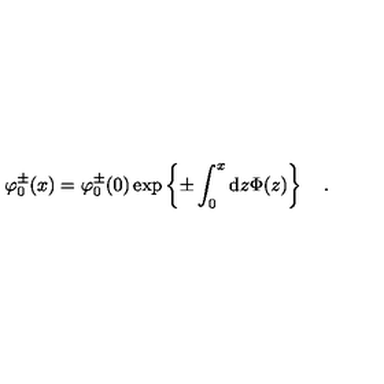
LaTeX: \varphi _ { 0 } ^ { \pm } ( x ) = \varphi _ { 0 } ^ { \pm } ( 0 ) \exp \left\{ \pm \int _ { 0 } ^ { x } \mathrm { d } z \Phi ( z ) \right\} \quad .